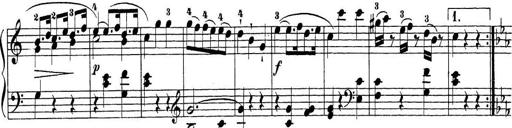
Title: Sonatina Album
Composer: Louis KÃ¶hler